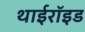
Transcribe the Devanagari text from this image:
थाईरॉइड